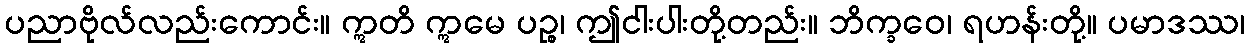
ပညာဗိုလ်လည်းကောင်း။ ဣတိ ဣမေ ပဉ္စ၊ ဤငါးပါးတို့တည်း။ ဘိက္ခဝေ၊ ရဟန်းတို့။ ပမာဒဿ၊